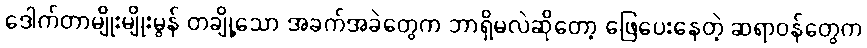
ဒေါက်တာမျိုးမျိုးမွန် တချို့သော အခက်အခဲတွေက ဘာရှိမလဲဆိုတော့ ဖြေပေးနေတဲ့ ဆရာဝန်တွေက